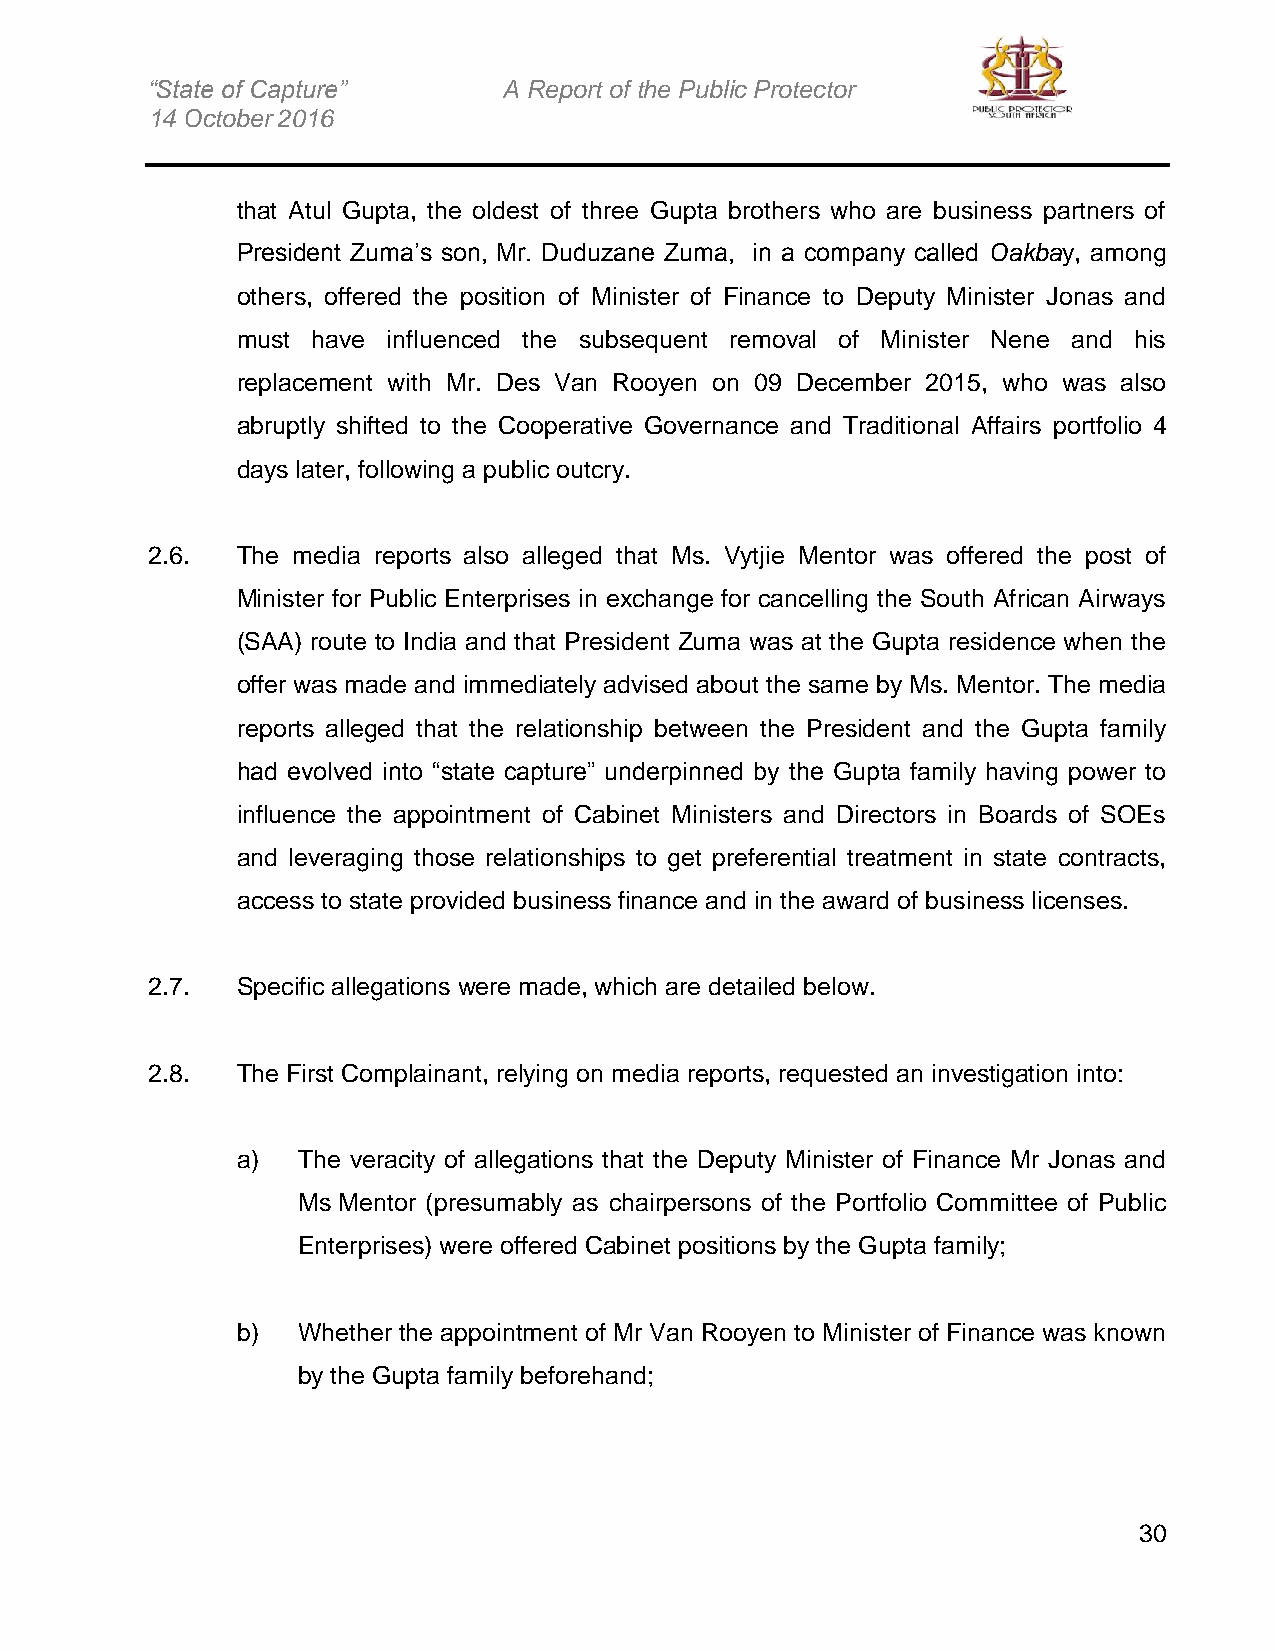
“State of Capture”     A Report of the Public Protector
 14 October 2016
 that Atul Gupta, the oldest of three Gupta brothers who are business partners of
 President Zuma’s son, Mr. Duduzane Zuma, in a company called Oakbay, among
 others, offered the position of Minister of Finance to Deputy Minister Jonas and
 must have influenced the subsequent removal of Minister Nene and his
 replacement with Mr. Des Van Rooyen on 09 December 2015, who was also
 abruptly shifted to the Cooperative Governance and Traditional Affairs portfolio 4
 days later, following a public outcry.
 2.6.  The media reports also alleged that Ms. Vytjie Mentor was offered the post of
 Minister for Public Enterprises in exchange for cancelling the South African Airways
 (SAA) route to India and that President Zuma was at the Gupta residence when the
 offer was made and immediately advised about the same by Ms. Mentor. The media
 reports alleged that the relationship between the President and the Gupta family
 had evolved into “state capture” underpinned by the Gupta family having power to
 influence the appointment of Cabinet Ministers and Directors in Boards of SOEs
 and leveraging those relationships to get preferential treatment in state contracts,
 access to state provided business finance and in the award of business licenses.
 2.7.  Specific allegations were made, which are detailed below.
 2.8.  The First Complainant, relying on media reports, requested an investigation into:
 a)  The veracity of allegations that the Deputy Minister of Finance Mr Jonas and
 Ms Mentor (presumably as chairpersons of the Portfolio Committee of Public
 Enterprises) were offered Cabinet positions by the Gupta family;
 b)  Whether the appointment of Mr Van Rooyen to Minister of Finance was known
 by the Gupta family beforehand;
 30